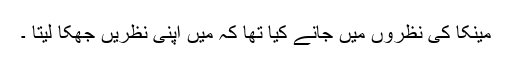
مینکا کی نظروں میں جانے کیا تھا کہ میں اپنی نظریں جھکا لیتا ۔